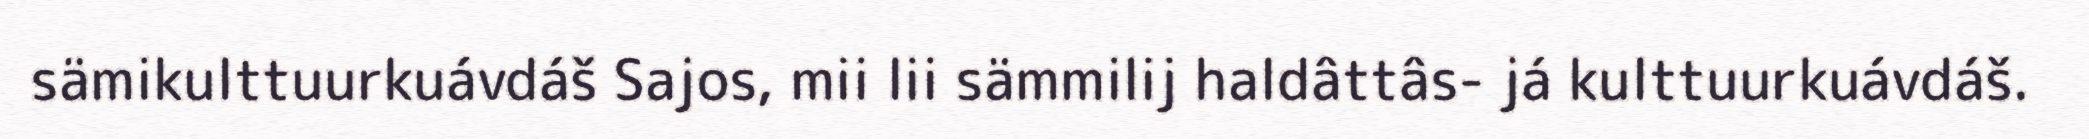
sämikulttuurkuávdáš Sajos, mii lii sämmilij haldâttâs- já kulttuurkuávdáš.